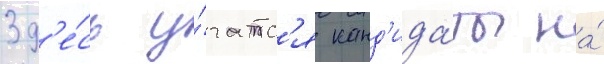
Зд'е́сь у́чатс'я канд'ида́ты на́